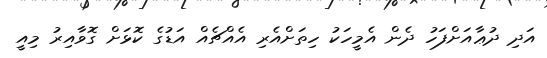
އަދި ދުޢާއަށްފަހު ދެން އެމީހަކު ހިތަށްއެރި އެއްޗެއް އަޑުގެ ކޮޅަށް ގޮވާއިރު މިއީ